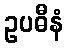
ဥပဓီနံ